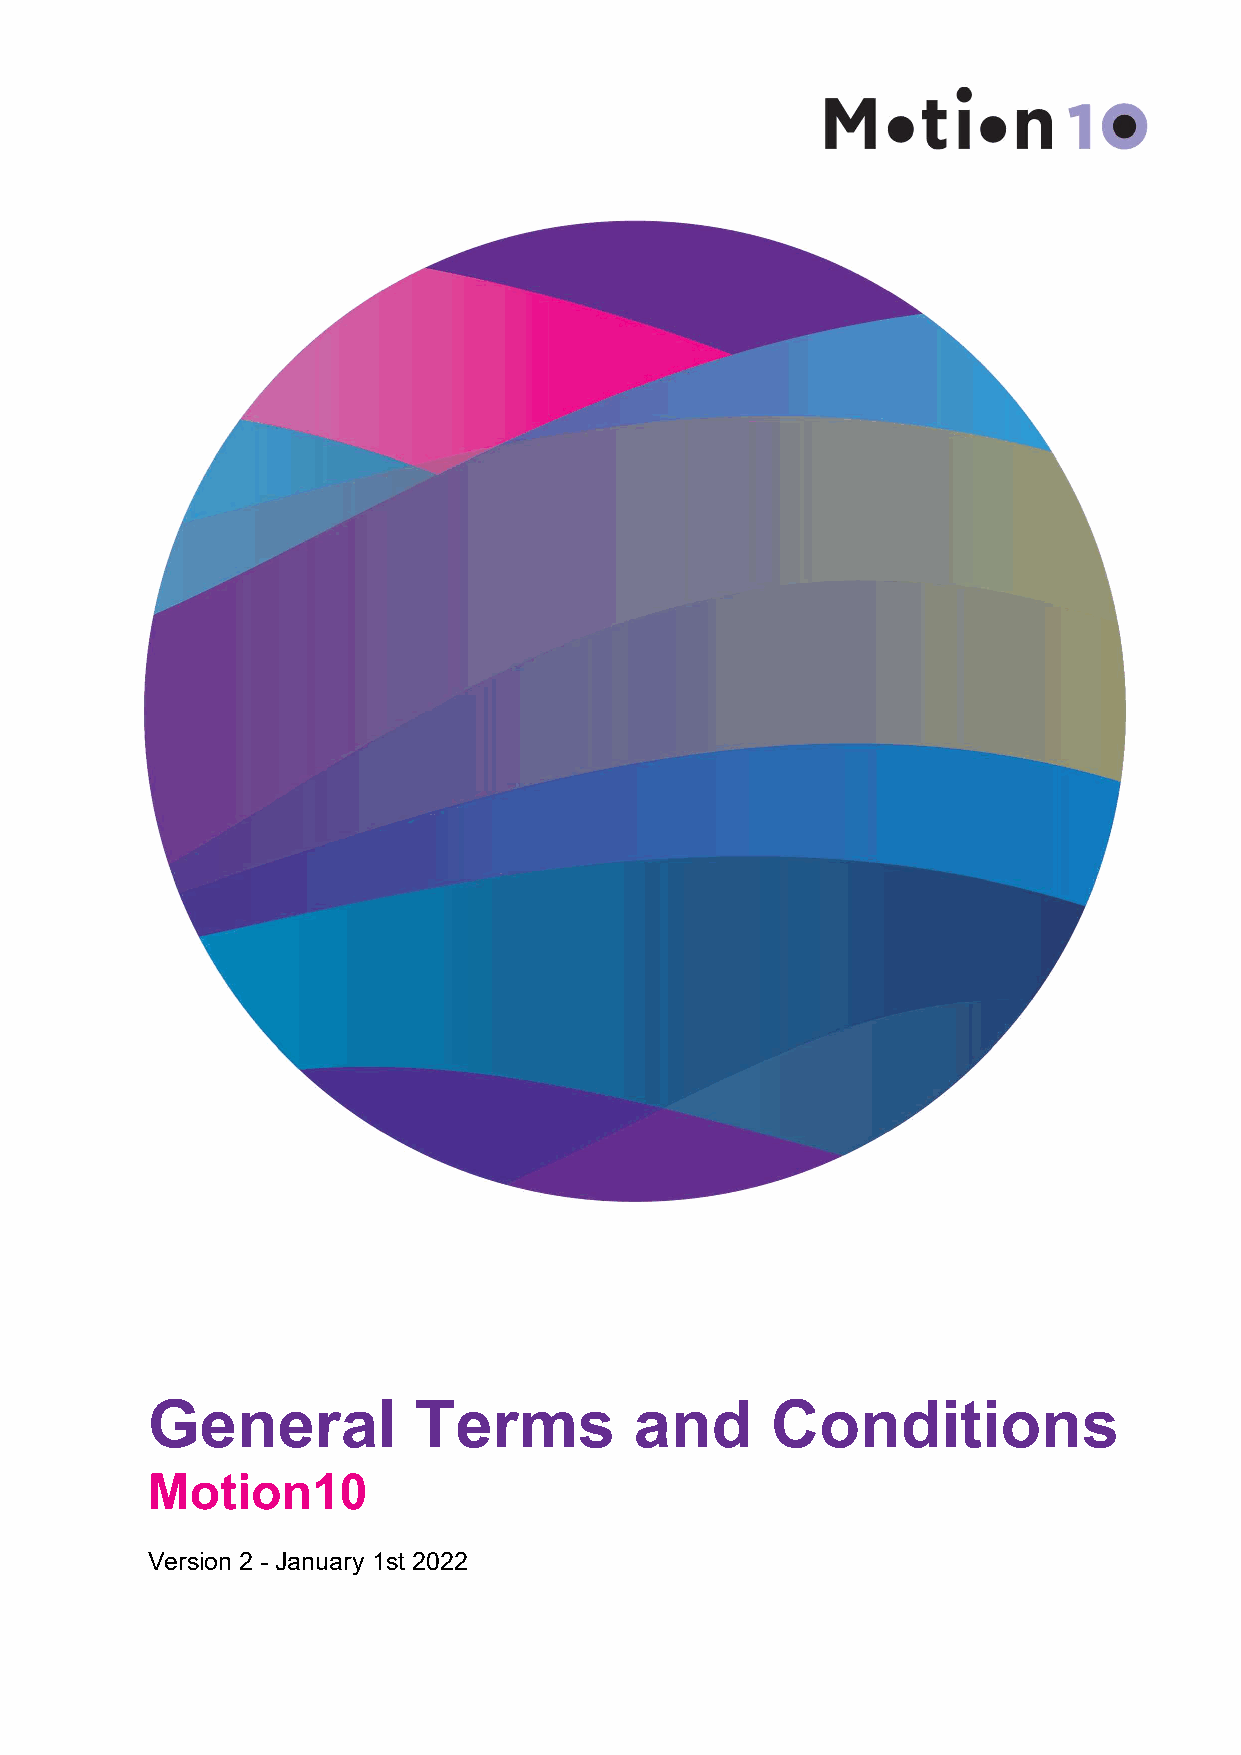
General          Terms          and      Conditions
 Motion10
 Version 2 - January 1st 2022